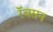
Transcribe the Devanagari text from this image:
रॅबसन